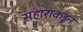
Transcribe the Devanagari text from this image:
सहाराकडून